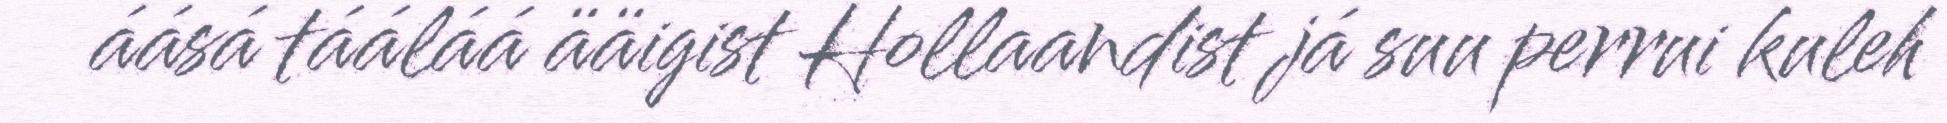
áásá tááláá ääigist Hollaandist já suu perrui kuleh